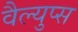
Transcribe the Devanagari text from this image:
वैल्युप्स